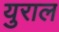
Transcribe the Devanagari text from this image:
युराल